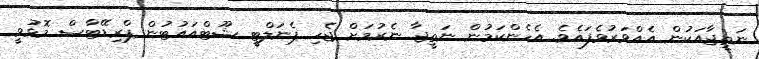
ނަތީޖާއަކުން އެއްވަރުވެފައެވެ. އެހެންކަމުން ނަތީޖާ ނެރުމަށް ޖެހި ޕެނަލްޓީ ޝޫޓްއައުޓުން ޕްރިޑޭޓާސް މޮޅުވީ